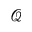
\mathcal { Q }